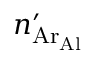
n _ { \mathrm { A r _ { A l } } } ^ { \prime }